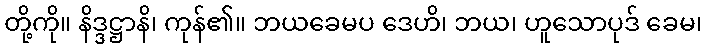
တို့ကို။ နိဒ္ဒဋ္ဌာနိ၊ ကုန်၏။ ဘယခေမပ ဒေဟိ၊ ဘယ၊ ဟူသောပုဒ် ခေမ၊